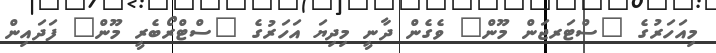
މިއަހަރުގެ "ސްޓަރޖަން މޫން" ވެގެން ދާނީ މިދިޔަ އަހަރުގެ "ސްޓްރޯބެރީ މޫން" ފަދައިން